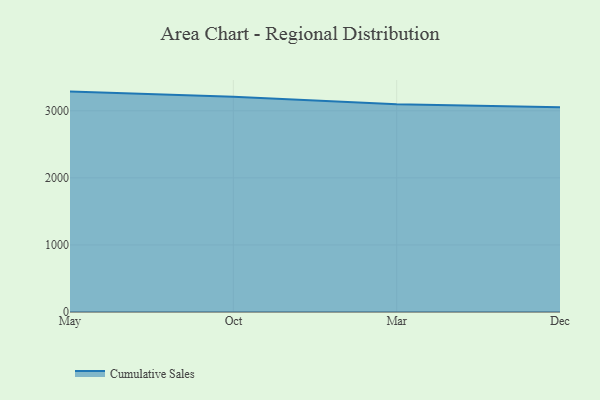
{"axis": {"x": "Month", "y": "Bounce Rate (%)"}, "legend": ["Cumulative Sales"], "data": [{"x": "May", "y": 3285.9, "type": "Cumulative Sales"}, {"x": "Oct", "y": 3210.0, "type": "Cumulative Sales"}, {"x": "Mar", "y": 3097.0, "type": "Cumulative Sales"}, {"x": "Dec", "y": 3051.5, "type": "Cumulative Sales"}]}